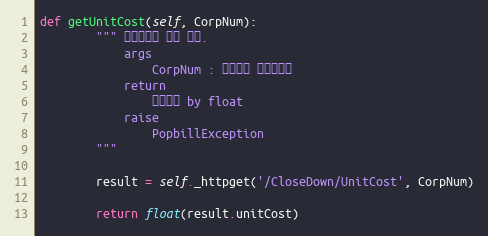
Language: Python
def getUnitCost(self, CorpNum):
        """ 휴폐업조회 단가 확인.
            args
                CorpNum : 팝빌회원 사업자번호
            return
                발행단가 by float
            raise
                PopbillException
        """

        result = self._httpget('/CloseDown/UnitCost', CorpNum)

        return float(result.unitCost)